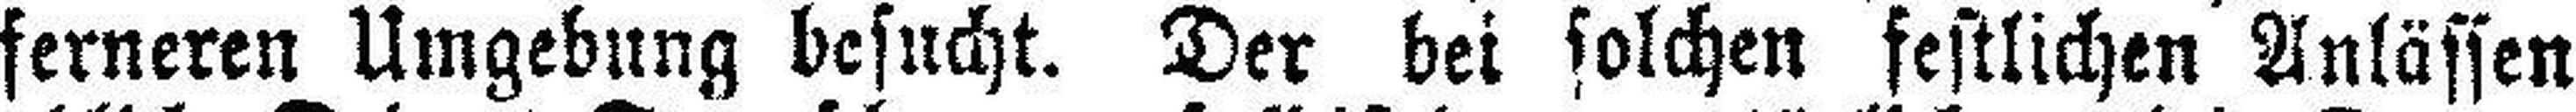
ferneren Umgebung besucht. Der bei solchen festlichen Anlässen